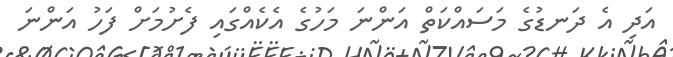
އަދި އެ ދަނޑުގެ މަސައްކަތް އަންނަ މަހުގެ އެކެއްގައި ފެށުމަށް ފަހު އަންނަ